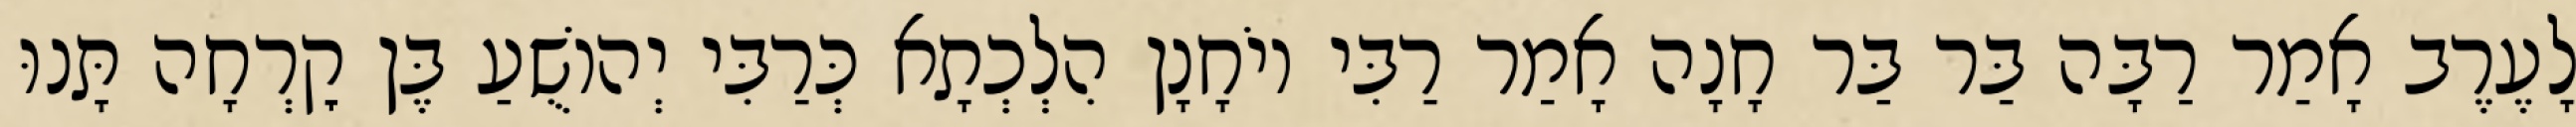
לָעֶרֶב אָמַר רַבָּה בַּר בַּר חָנָה אָמַר רַבִּי יוֹחָנָן הִלְכְתָא כְּרַבִּי יְהוֹשֻׁעַ בֶּן קׇרְחָה תָּנוּ